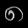
Digit: ၈